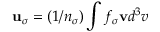
{ \bf u } _ { \sigma } = ( 1 / n _ { \sigma } ) \int f _ { \sigma } { \bf v } d ^ { 3 } v